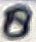
Text: 8